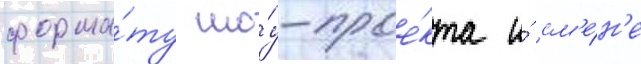
форма́ту шо́у-прое́кта и́ см'е́н'е